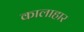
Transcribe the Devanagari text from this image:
कालाहार